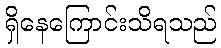
ရှိနေကြောင်းသိရသည်